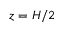
z = H / 2